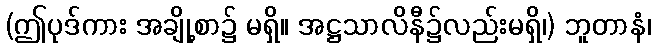
(ဤပုဒ်ကား အချို့စာ၌ မရှိ။ အဋ္ဌသာလိနီ၌လည်းမရှိ၊) ဘူတာနံ၊